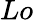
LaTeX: Lo